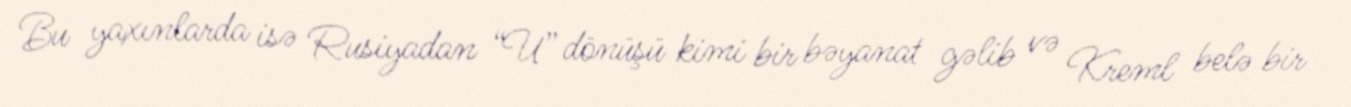
Bu yaxınlarda isə Rusiyadan “U” dönüşü kimi bir bəyanat gəlib və Kreml belə bir